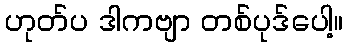
ဟုတ်ပ ဒါကဗျာ တစ်ပုဒ်ပေါ့။